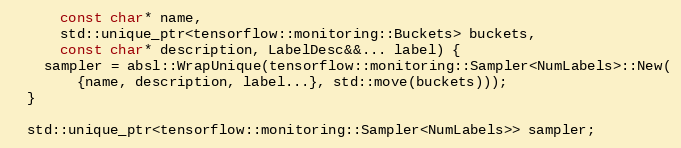
Language: C
      const char* name,
      std::unique_ptr<tensorflow::monitoring::Buckets> buckets,
      const char* description, LabelDesc&&... label) {
    sampler = absl::WrapUnique(tensorflow::monitoring::Sampler<NumLabels>::New(
        {name, description, label...}, std::move(buckets)));
  }

  std::unique_ptr<tensorflow::monitoring::Sampler<NumLabels>> sampler;